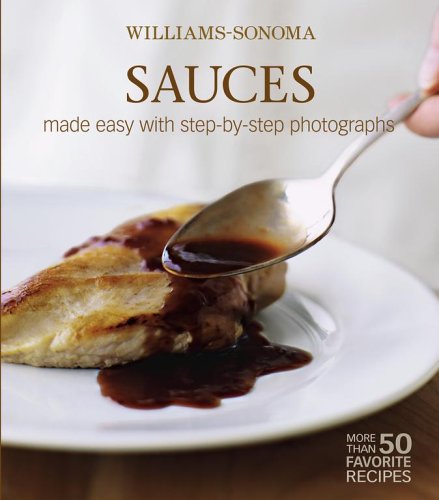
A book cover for Williams-Sonoma Mastering: Sauces, Salsas & Relishes; Rick Rodgers; Cookbooks, Food & Wine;